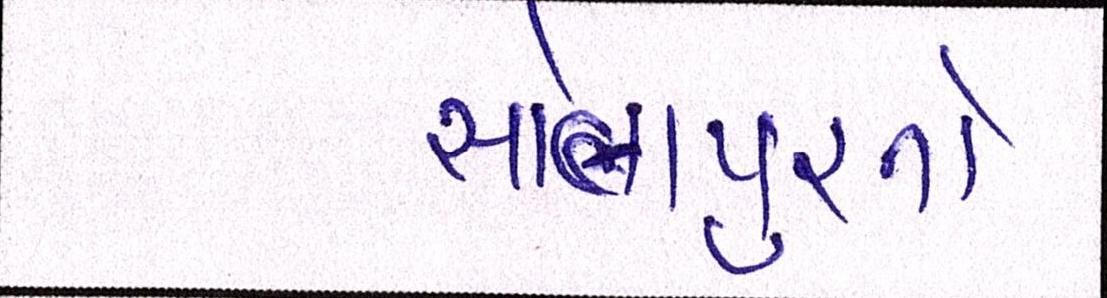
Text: સોલાપુરનો